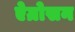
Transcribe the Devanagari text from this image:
ऐग्रोसन